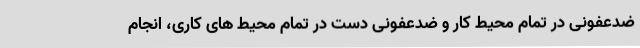
ضدعفونی در تمام محیط کار و ضدعفونی دست در تمام محیط های کاری، انجام